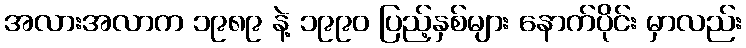
အလားအလာက ၁၉၈၉ နဲ့ ၁၉၉၀ ပြည့်နှစ်များ နောက်ပိုင်း မှာလည်း